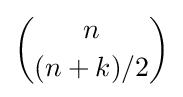
{\binom {n}{(n+k)/2}}